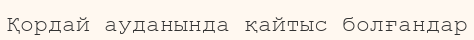
Қордай ауданында қайтыс болғандар